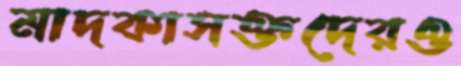
মাদকাসক্তদেরও